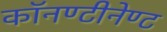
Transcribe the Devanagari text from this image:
काॅनण्टीनेण्ट